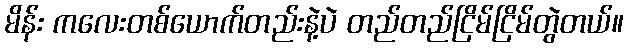
မိန်း ကလေးတစ်ယောက်တည်းနဲ့ပဲ တည်တည်ငြိမ်ငြိမ်တွဲတယ်။